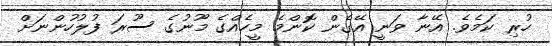
ހުރި ކަމެވެ. އޭނާ ވަނީ އޭގެން ކޮންމެ މީހެއްގެ މޫނުގެ ސޫރަ ފުލުހުންނަށް